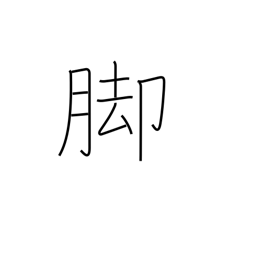
Meaning: lower part